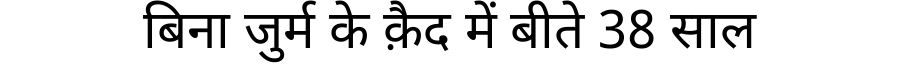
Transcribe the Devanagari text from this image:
बिना जुर्म के क़ैद में बीते 38 साल